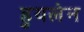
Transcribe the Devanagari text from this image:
हुयलेन